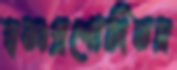
স্বতঃপ্রণোদিতদ